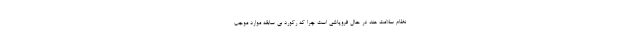
نظام سلامت هند در حال فروپاشی است چرا که رکورد بی سابقه موارد موجب